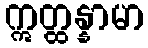
ဣတ္ထန္နာမာ